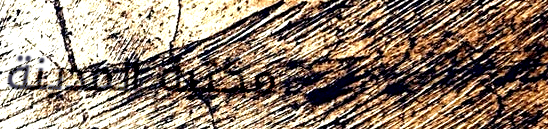
مكتبة المدينة